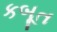
કબૂત